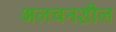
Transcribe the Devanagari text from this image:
अलचनशील